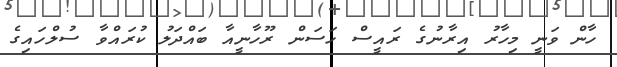
ހާން ވަނީ މިހާރު އިރާނުގެ ރައީސް ހަސަން ރޫހާނީއާ ބައްދަލު ކުރައްވާ ސުލްހައިގެ